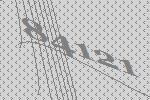
84121